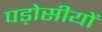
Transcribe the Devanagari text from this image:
पड़ोसीयों